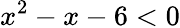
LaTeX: x^{2}-x-6<0